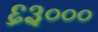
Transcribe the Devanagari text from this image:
६३०००